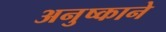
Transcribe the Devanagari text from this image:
अनुष्काने